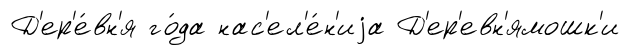
Д'ер'е́вн'я го́да нас'ел'е́н'иjа Д'ер'евн'ямошк'и